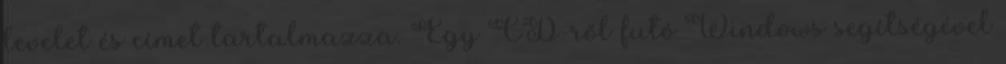
levelet és címet tartalmazza. Egy CD-ről futó Windows segítségével